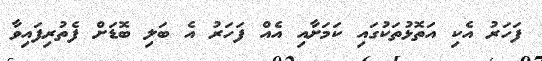
ފަހަރު އެކި އަތޮޅުތަކުގައި ކަމަށާއި އެއް ފަހަރު އެ ބަލި ބޮޑަށް ފެތުރިފައިވާ